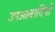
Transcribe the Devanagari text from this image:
उपआबादियों